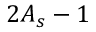
2 A _ { s } - 1